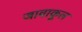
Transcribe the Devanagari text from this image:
जावाकूल